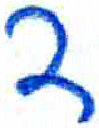
אות: ד